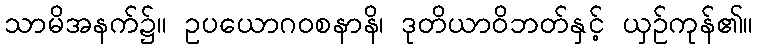
သာမိအနက်၌။ ဥပယောဂဝစနာနိ၊ ဒုတိယာဝိဘတ်နှင့် ယှဉ်ကုန်၏။